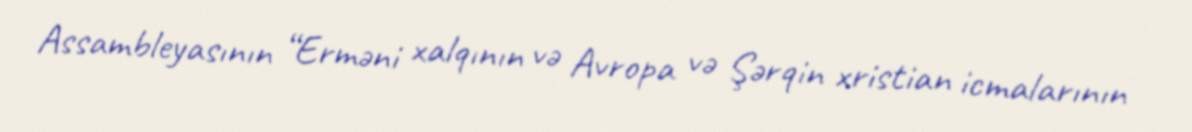
Assambleyasının “Erməni xalqının və Avropa və Şərqin xristian icmalarının